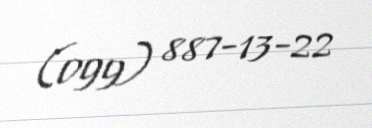
(099) 887-13-22